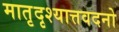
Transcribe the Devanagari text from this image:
मातृदृश्यात्तवदनो